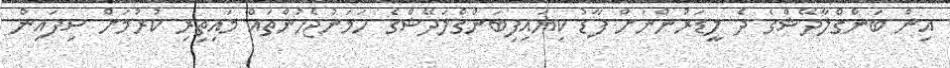
އިން ބަންގްލާދޭޝްގެ ދެ ލީޑަރުންނަށް ފާޑު ކިޔައިފިބަންގްލަދޭޝްގެ ހަމަނުޖެހުންތައް މައިތިރި ކުރުމަށް ސިފައިން